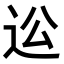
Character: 𨑪